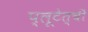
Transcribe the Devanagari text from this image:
प्लूटेत्ची